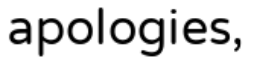
apologies,